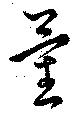
量